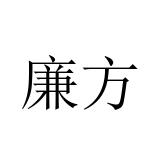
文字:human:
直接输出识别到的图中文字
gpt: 廉方